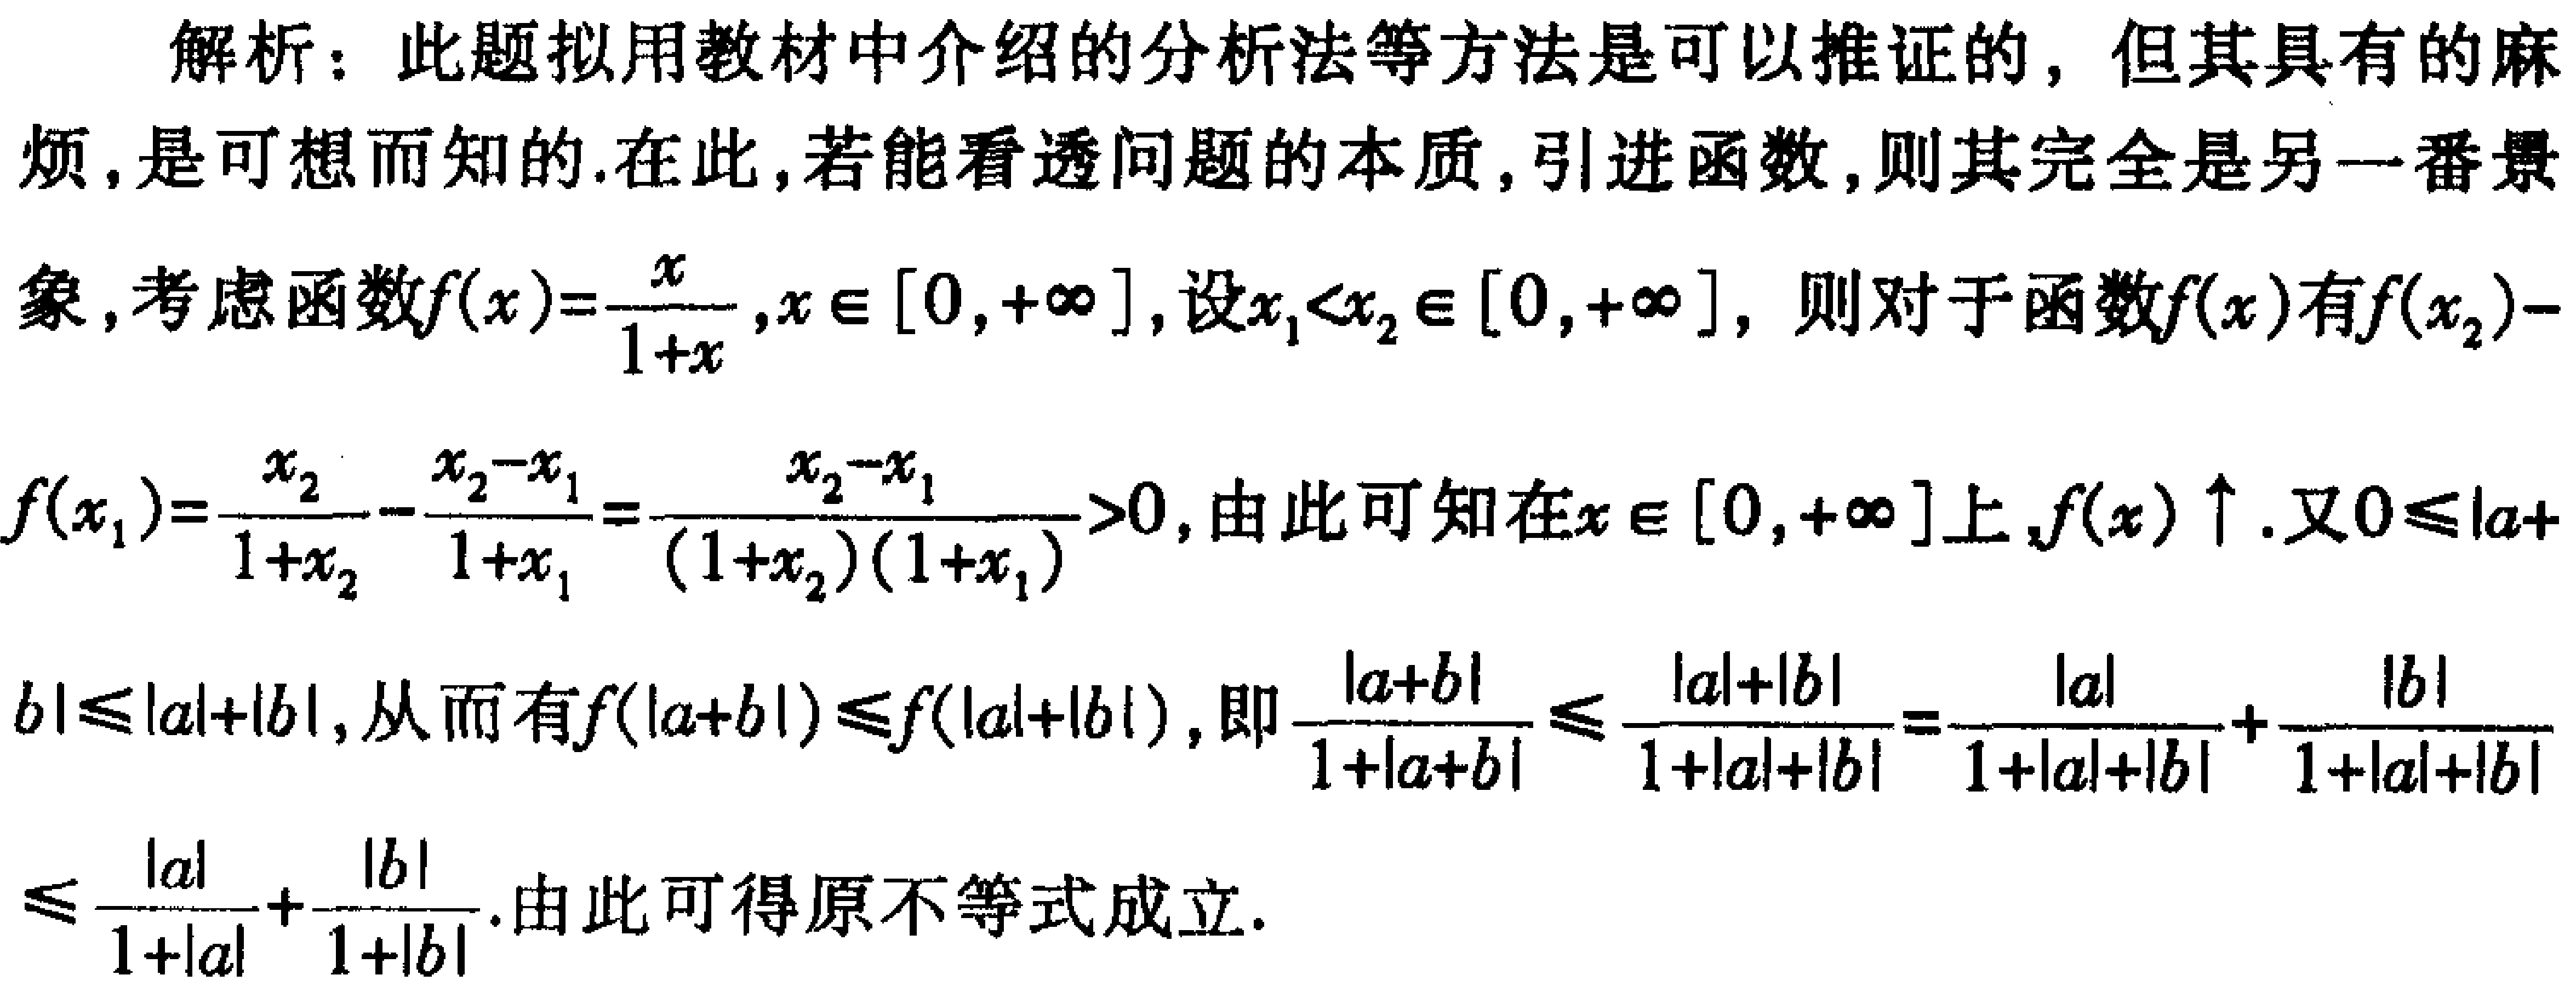
解析：此题拟用教材中介绍的分析法等方法是可以推证的，但其具有的麻烦,是可想而知的.在此,若能看透问题的本质,引进函数,则其完全是另一番景象,考虑函数\(f(x)=\frac{x}{1 + x},x\in[0,+\infty]\),设\(x_1<x_2\in[0,+\infty]\)，则对于函数\(f(x)\)有\(f(x_2)-f(x_1)=\frac{x_2}{1 + x_2}-\frac{x_2 - x_1}{1 + x_1}=\frac{x_2 - x_1}{(1 + x_2)(1 + x_1)}>0\),由此可知在\(x\in[0,+\infty]\)上,\(f(x)\uparrow\).又\(0\leq|a + b|\leq|a|+|b|\),从而有\(f(|a + b|)\leq f(|a|+|b|)\),即\(\frac{|a + b|}{1 + |a + b|}\leq\frac{|a|+|b|}{1 + |a|+|b|}=\frac{|a|}{1 + |a|+|b|}+\frac{|b|}{1 + |a|+|b|}\leq\frac{|a|}{1 + |a|}+\frac{|b|}{1 + |b|}\).由此可得原不等式成立.